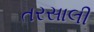
તરસાલી